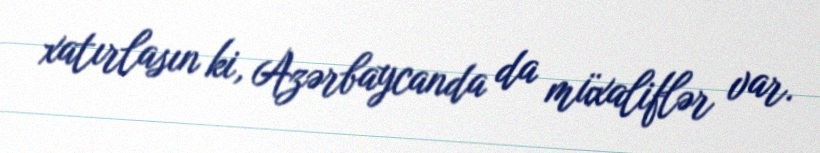
xatırlasın ki, Azərbaycanda da müxaliflər var.